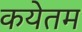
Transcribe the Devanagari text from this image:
कयेतम